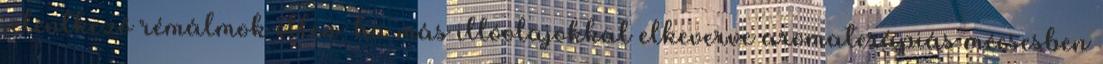
jelentkező rémálmok ellen, ha más illóolajokkal elkeverve aromaterápiás mécsesben